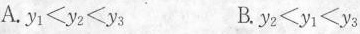
A.$$y _ { 1 } < y _ { 2 } < y _ { 3 }$$ B.$$y _ { 2 } < y _ { 1 } < y _ { 3 }$$